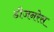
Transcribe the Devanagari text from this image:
डीजनरेस